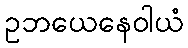
ဥဘယေနေဝါယံ